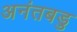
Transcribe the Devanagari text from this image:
अनंतबडु